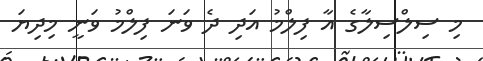
މި ސިލްސިލާގެ އާ ފިލްމު އަދި ދެ ވަނަ ފިލްމު ވަނީ މިދިޔަ